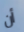
أن